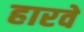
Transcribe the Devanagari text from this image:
हारवे